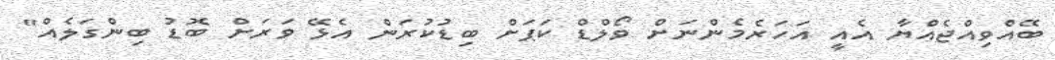
ބޭއްވިއްޖެއްޔާ އެއީ އަހަރެމެންނަށް ވޯލްޑް ކަޕަށް ބިޑުކުރަން އެޅޭ ވަރަށް ބޮޑު ބިންގަލެއް"